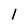
Character: l